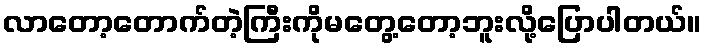
လာတော့တောက်တဲ့ကြီးကိုမတွေ့တော့ဘူးလို့ပြောပါတယ်။